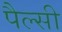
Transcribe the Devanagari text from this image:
पैल्सी